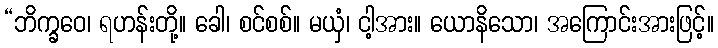
“ဘိက္ခဝေ၊ ရဟန်းတို့။ ခေါ၊ စင်စစ်။ မယှံ၊ ငါ့အား။ ယောနိသော၊ အကြောင်းအားဖြင့်။